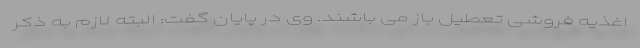
اغذیه فروشی تعطیل باز می باشند. وی در پایان گفت: البته لازم به ذکر